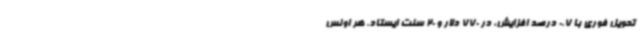
تحویل فوری با 0.7 درصد افزایش، در 770 دلار و 20 سنت ایستاد. هر اونس